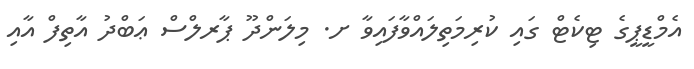
އެމްޑީޕީގެ ޓިކެޓް ގައި ކުރިމަތިލައްވާފައިވާ ށ. މިލަންދޫ ޕާރލްސް ޢަބްދު އާތިފް އާއި